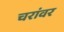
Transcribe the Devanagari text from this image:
चरांवर